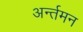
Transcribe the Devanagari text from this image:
अर्न्‍तमन